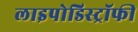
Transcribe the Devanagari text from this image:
लाइपोडिस्ट्रॉफी